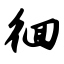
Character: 徊